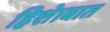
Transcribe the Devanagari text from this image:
हिशेाबात